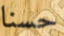
حسنا